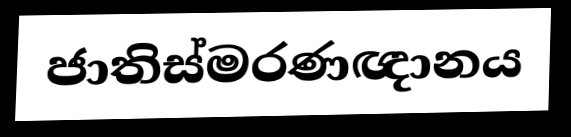
ජාතිස්මරණඥානය